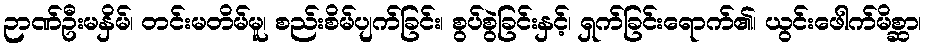
ဉာဏ်ဦးမနှိမ်၊ တင်းမတိမ်မူ၊ စည်းစိမ်ပျက်ခြင်း၊ စွပ်စွဲခြင်းနှင့်၊ ရှက်ခြင်းရောက်၏၊ ယွင်းဖေါက်မိစ္ဆာ၊